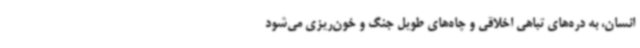
انسان، به دره‌های تباهی اخلاقی و چاه‌های طویل جنگ و خون‌ریزی می‌شود